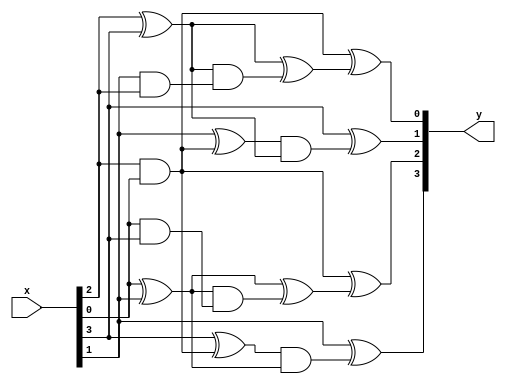

//
// Boyar-Peralta GF(2^4) inverter. Figure 1 in paper.
//
module bp_gf16_inv (
input  wire [3:0] x,
output wire [3:0] y
);

wire t1   = x[2] ^ x[3];
wire t2   = x[2] & x[0];
wire t3   = x[1] ^ t2  ;
wire t4   = x[0] ^ x[1];
wire t5   = x[3] ^ t2  ;
wire t6   = t5   & t4  ;
wire t7   = t3   & t1  ;
wire t8   = x[0] & x[3];
wire t9   = t4   & t8  ;
wire t10  = t4   ^ t9  ;
wire t11  = x[1] & x[2];
wire t12  = t1   & t11 ;
wire t13  = t1   ^ t12 ;

assign y[0] = t2   ^ t13 ;
assign y[1] = x[3] ^ t7  ;
assign y[2] = t2   ^ t10 ;
assign y[3] = x[1] ^ t6  ;

endmodule